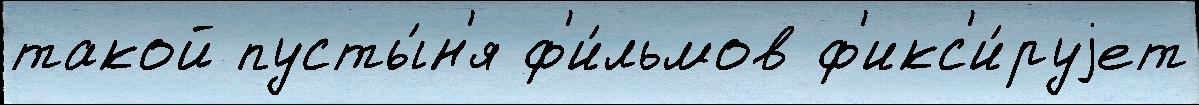
такой пусты́н'я ф'и́льмов ф'икс'и́руjет